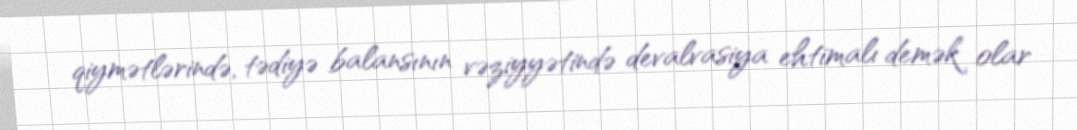
qiymətlərində, tədiyə balansının vəziyyətində devalvasiya ehtimalı demək olar